Indian journal of veterinary science and animal husbandry - Volumes 15-17, 1948-1951
Year: 1948
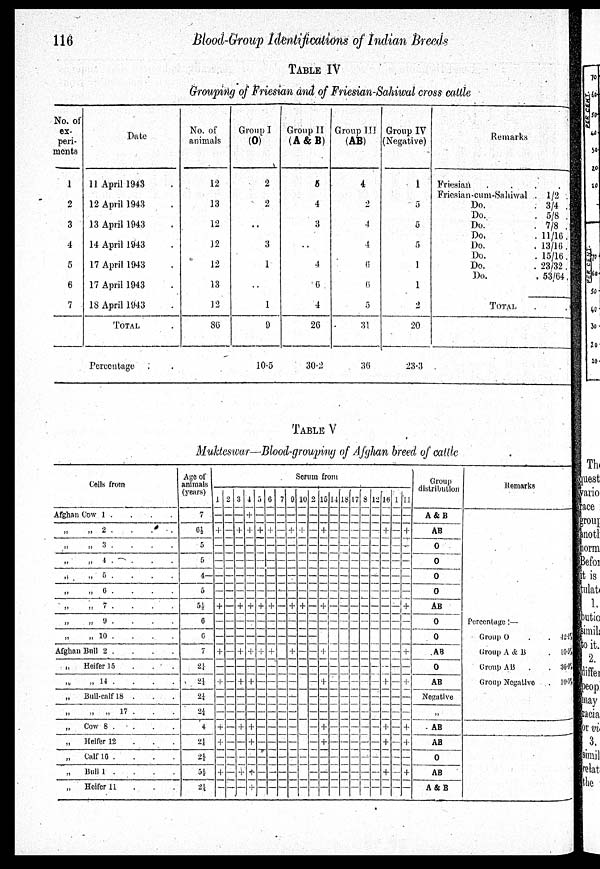
116
Blood-Group
Identifications of Indian Breeds
Table IV
Grouping of Friesian and of Friesian-Sahiwal cross cattle
No. of
ex-
peri-
ments
1
2
3
4
5
6
7
Date
11 April 1943.
12 April 1943.
13 April 1943.
14 April 1943.
17 April 1943.
17 April 1943.
18 April 1943.
TOTAL .
Percentage
No. of
animals
12
13
12
12
12
13
12
86
Group I
(O)
2
2
..
3
1
..
1
9
10.5
Group II
(A & B)
5
4
3
4
6
4
26
30.2
Group III
(AB)
4
2
4
4
6
6
5
31
36
Group IV
(Negative)
1
5
5
5
1
1
2
20
23.3
Remarks
Friesian . . . .
Friesian-cum-Sahiwal
Do.
Do.
Do.
Do.
Do.
Do.
Do.
Do.
TOTAL
. 1/2
. 3/4
. 5/8
. 7/8
. 11/16
.13/16
.15/16
.23/32
. 53/64
TABLE V
Mukteswar—Blood-grouping of Afghan breed of cattle
Cells from
Afghan Cow 1
. . . .
„ „ 2 . . . .
„ „ 3 . . . .
„ „ 5 . . . .
„
„ 6 . . . .
„ „ 7 . . . .
„ „ 9 . . . .
„ „ 10 . . . .
Afghan Bull 2 . . . .
„
Heifer
15
.
.
.
.
„ „ 14 . . . .
„ Bull-calf 18 . . . .
„
„
„
17 . . . .
„ Cow 8 . . . .
„
Heifer 12 . . . .
„ Calf
16
.
.
.
.
„
Bull 1 . . . .
Heifer 11 . . . .
Age of
animals
(years)
7
6½
5
5
4—
5
5½
6
6
7
2¼
2¼
2¼
2¼
4
2¼
2 ¼
5½
2¼
Sorum from
1
—
+
—
—
—
—
+
—
—
+
—
+
—
—
+
+
—
+
—
2
—
—
—
—
—
—
—
—
—
—
—
—
—
—
—
—
—
—
—
3
—
+
—
——
—
—
+
—
—
+
—
+
—
—
+
—
—
+
—
4
+
+
—
—
—
—
+
—
—
+
—
+
—
—
+
+
—
+
+
5
—
+
—
—
—
—
+
—
—
+
—
—
—
—
—
—
—
—
—
6
—
+
—
—
—
—
+
—
—
+
—
—
—
—
—
—
—
—
—
7
—
—
—
—
—
—
—
—
—
—
—
—
—
—
—
—
—
—
—
0
—
+
—
—
—
—
+
—
—
+
—
—
—
—
—
—
—
—
—
10
—
+
—
—
—
—
+
—
—
—
—
—
—
—
—
—
—
—
—
2
—
—
—
—
—
—
—
—
—
—
—
—
—
—
—
—
—
—
—
15
—
+
—
—
—
—
+
—
—
+
—
+
—
—
+
+
—
—
—
14
—
—
—
—
—
—
—
—
—
—
—
—
—
—
—
—
—
—
—
18
—
—
—
—
—
—
—
—
—
—
—
—
—
—
—
—
—
—
—
17
—
—
—
—
—
—
—
—
—
—
—
—
—
—
—
—
—
—
—
18
—
—
—
—
—
—
—
—
—
—
—
—
—
—
—
—
—
—
—
12
—
—
—
—
—
—
—
—
—
—
—
—
—
—
—
—
—
—
—
16
—
+
—
—
—
—
—
—
—
—
—
+
—
—
+
+
—
+
—
1
—
—
—
—
—
—
—
—
—
—
—
—
—
—
—
—
—
—
—
11
—
+
—
—
—
—
+
—
—
+
—
+
—
+
+
—
+
—
Group
distribution
A & B
AB
O
O
O
O
AB
O
O
AB
O
AB
Negative
„
AB
AB
O
AB
A & B
Remarks
Percentage:—
Group O . .
Group A & B . .
Group AB . .
Group Negatlve . .
42.15
10.55
36.95
10.55